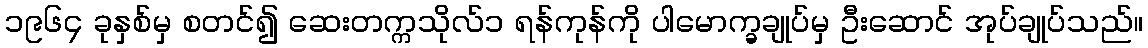
၁၉၆၄ ခုနှစ်မှ စတင်၍ ဆေးတက္ကသိုလ်၁ ရန်ကုန်ကို ပါမောက္ခချုပ်မှ ဦးဆောင် အုပ်ချုပ်သည်။